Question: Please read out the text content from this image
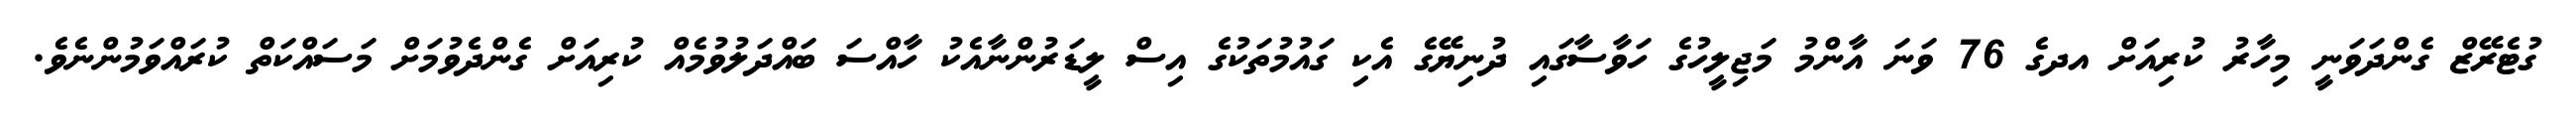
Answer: ގުޓެރޭޒް ގެންދަވަނީ މިހާރު ކުރިއަށް އދގެ 76 ވަނަ އާންމު މަޖިލީހުގެ ހަވާސާގައި ދުނިޔޭގެ އެކި ގައުމުތަކުގެ އިސް ލީޑަރުންނާއެކު ހާއްސަ ބައްދަލުވުމެއް ކުރިއަށް ގެންދެވުމަށް މަސައްކަތް ކުރައްވަމުންނެވެ.